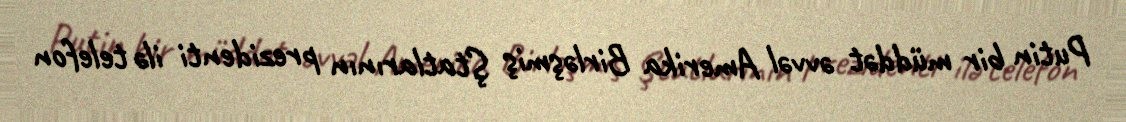
Putin bir müddət əvvəl Amerika Birləşmiş Ştatlarının prezidenti ilə telefon